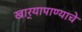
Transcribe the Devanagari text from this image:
खार्‍यापाण्याचे